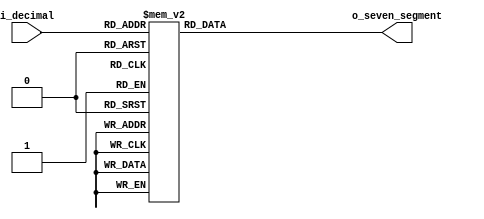
`timescale 1ns / 1ps
//////////////////////////////////////////////////////////////////////////////////
// Company: 
// Engineer: 
// 
// Design Name: 
// Module Name:    decimal_to_seven_segment 
// Project Name: 
// Target Devices: 
// Tool versions: 
// Description: 
//
// Dependencies: 
//
// Revision: 
// Revision 0.01 - File Created
// Additional Comments: 
//
//////////////////////////////////////////////////////////////////////////////////
module decimal_to_seven_segment(
    input  [3:0] i_decimal,
    output reg [6:0] o_seven_segment
    );
	 
	 always @ (*)
	 begin
		case (i_decimal)
			0: o_seven_segment <= 7'b1111110;
			1: o_seven_segment <= 7'b0110000;
			2: o_seven_segment <= 7'b1101101;
			3: o_seven_segment <= 7'b1111001;
			4: o_seven_segment <= 7'b0110011;
			5: o_seven_segment <= 7'b1011011;
			6: o_seven_segment <= 7'b1011111;
			7: o_seven_segment <= 7'b1110000;
			8: o_seven_segment <= 7'b1111111;
			9: o_seven_segment <= 7'b1111011;
			default: o_seven_segment <= 7'b0000000;
		endcase
	 end

endmodule